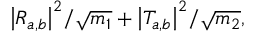
{ \left| R _ { a , b } \right| } ^ { 2 } / \sqrt { m _ { 1 } } + { \left| T _ { a , b } \right| } ^ { 2 } / \sqrt { m _ { 2 } } ,